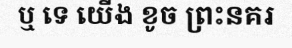
ឬ ទេ យើង ខូច ព្រះនគរ